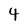
Character: 4